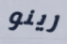
رينو